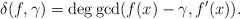
LaTeX: \begin{align*}\delta(f, \gamma)=\deg \gcd (f(x)-\gamma, f'(x)).\end{align*}